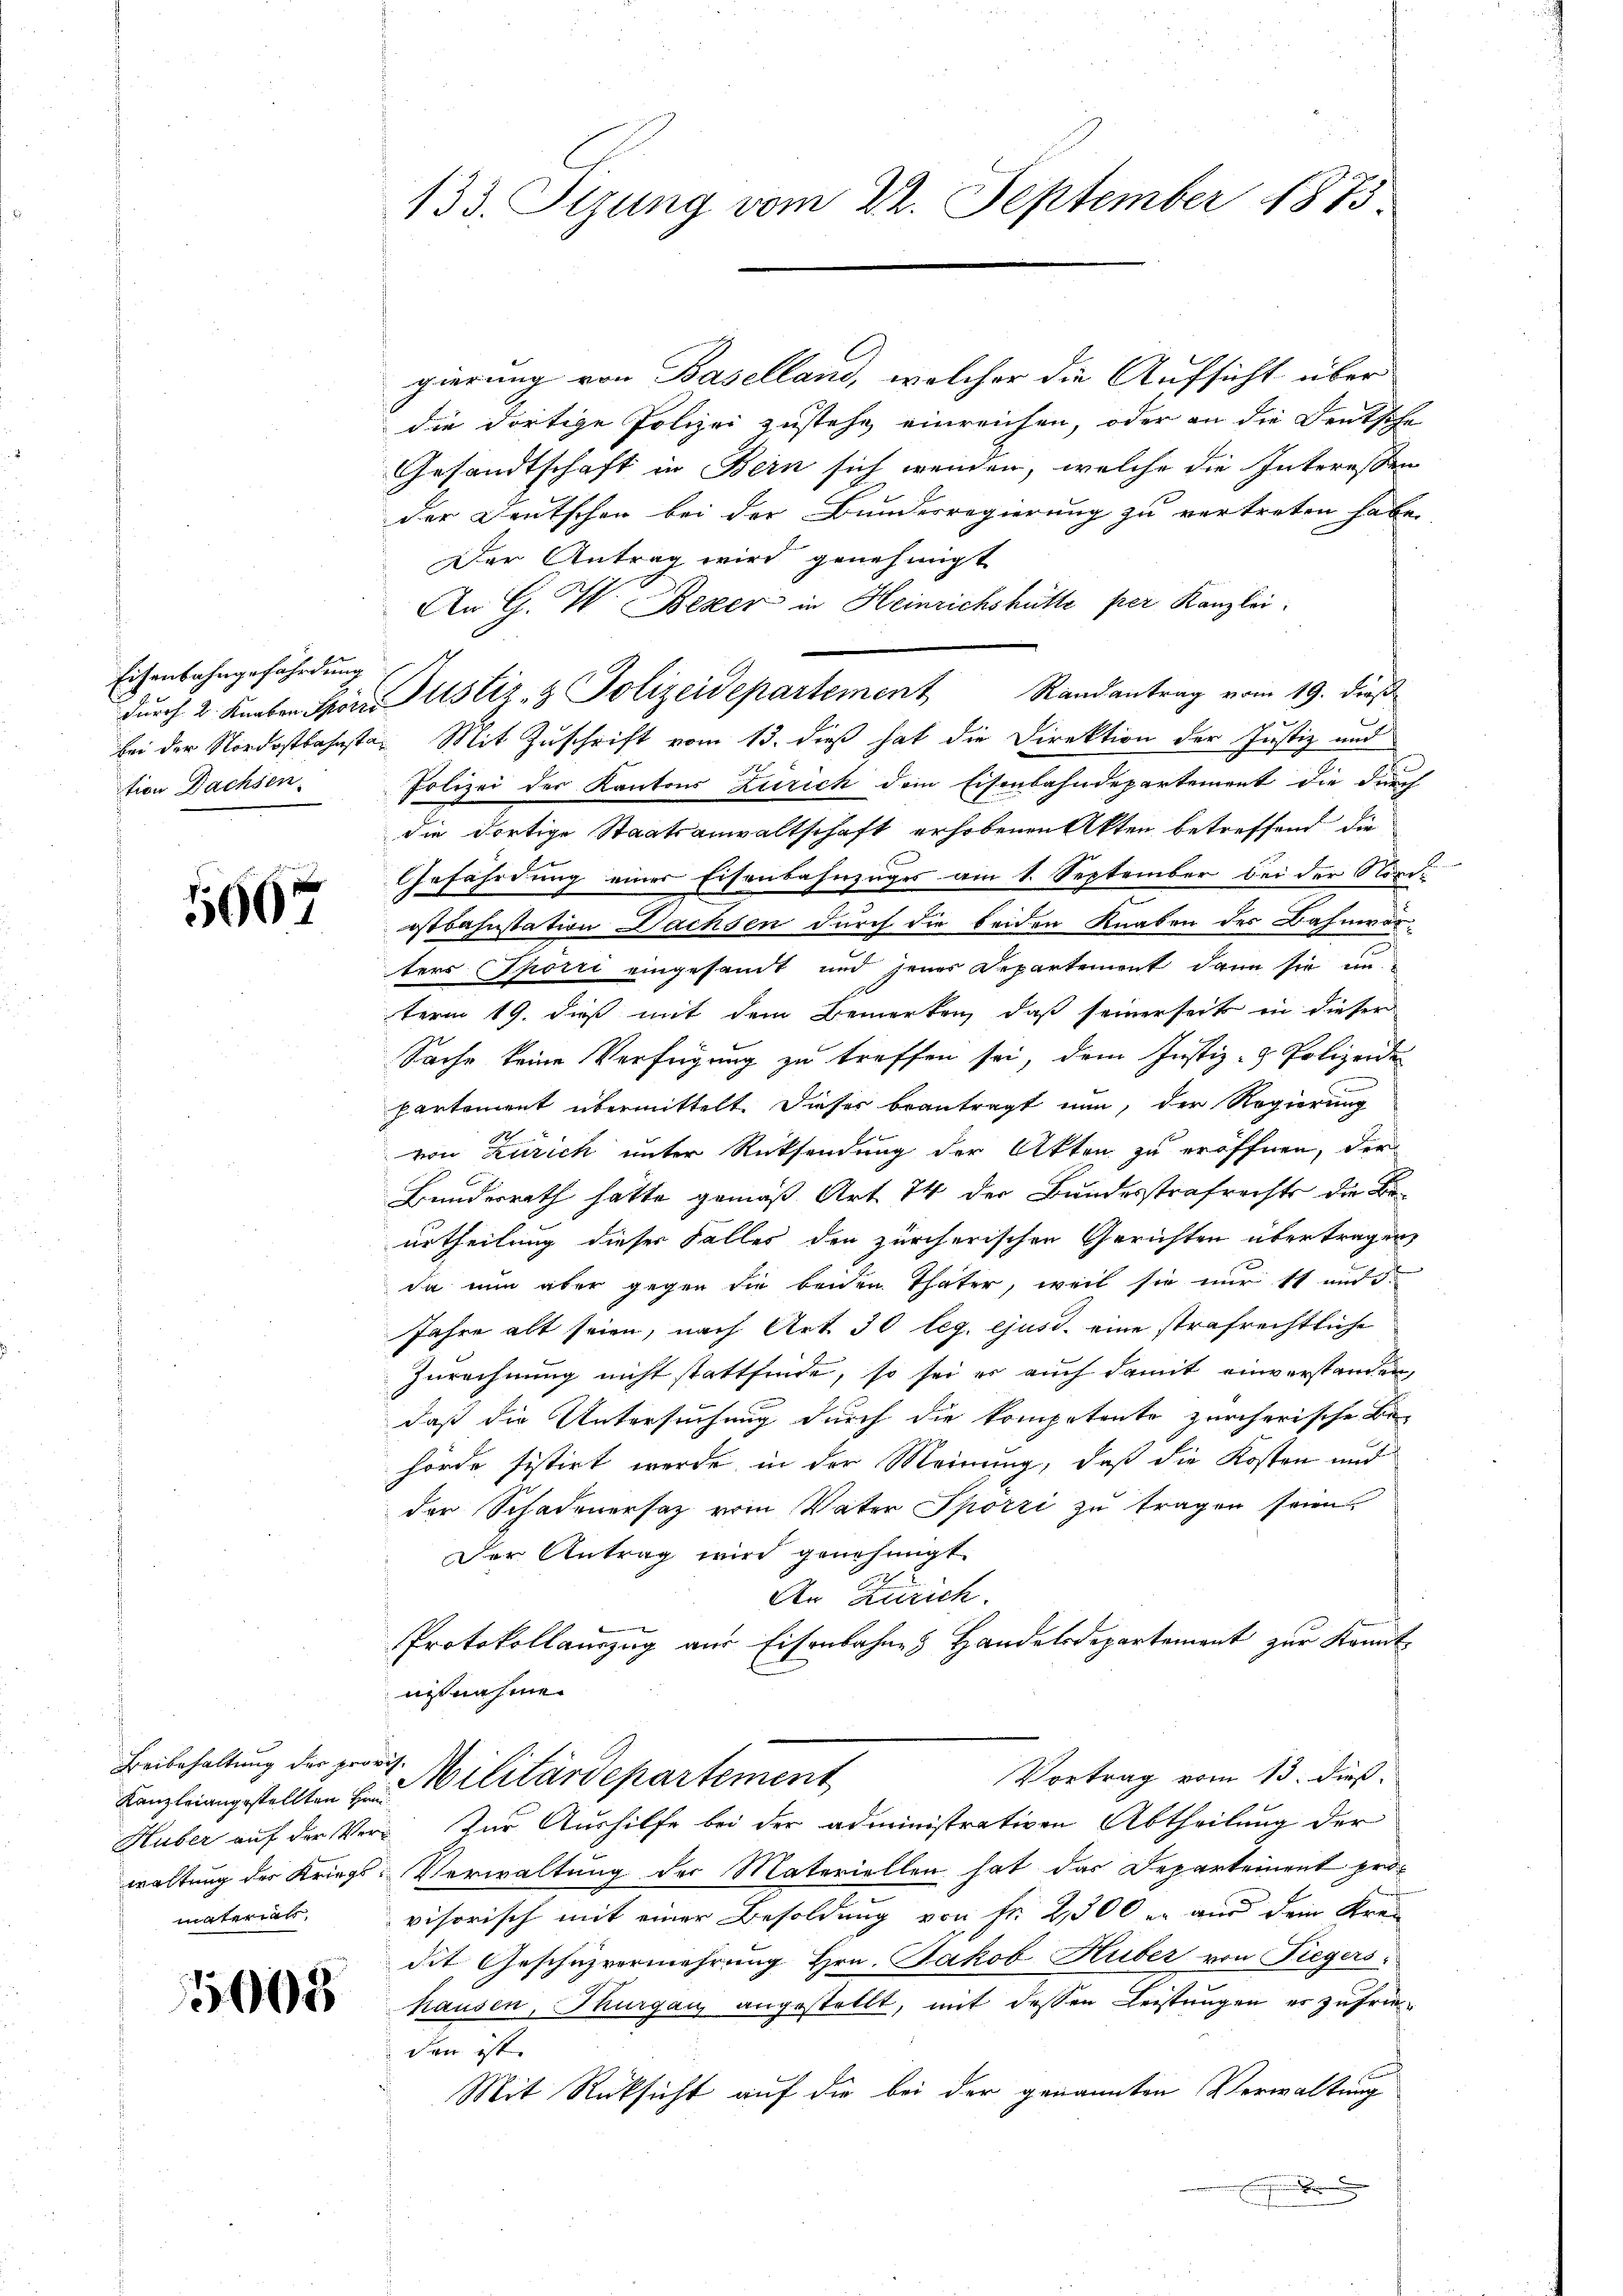
Eisenbahngefährdung
tion Dachsen.

5667

Beibehaltung der provis.
Kanzleiangestellten Hrn
material.

008

133. Peung vom 22. September 1873

gierung von Baselland, welcher die Aufsicht über
die dortige Polizei zustehe einreichen, oder an die Deutsche
Gesandtschaft in Bern sich wenden, welche die Interessen
der Deutschen bei der Bundesregierung zu vertreten habe.
Der Antrag wird genehmigt
An G. W. Bezer in Heinrichshütte per Kanzlei
dŭrch 2. Knaben Spor Justiz- & Polizeidepartement Randantrag vom 19. dieß
bei der Nordostbahnsten Mit Zuschrift vom 13. dieß hat die Direktion der Justiz und
Polizei der Kantons Zürich dem Eisenbahndepartement die durch
die dortige Staatsanwaltschaft erhobenen Akten betreffend die
Gefährdung einer Eisenbahnzuges am 1. September bei der Nords
ostbahnstation Dachsen durch die beiden Knaben des Bahnverters Thorri eingesamt und jenes Departement dann sie im
term 19. dieß mit dem Bemerken, daß seinerseits in dieser
Sache keine Verfügung zu treffen sei, dem Justiz- & Polizeide
partement übermittelt. Dieses beantragt nun, der Regierung
h
von Zürich unter Rücksendung der Akten zu eröffnen, der
Bundesrath hätte gemäß Art. 74 der Bundesstrafrechts die Beurtheilung dieser Falles den zürcherischen Gerichten übertragen
da nun aber gegen die beiden Thäter, weil sie nur 11 und d
Jahre alt seien, nach Art. 30 leg. ejusd. eine strafrechtliche
Zurechnung nicht stattfinde, so sei er auch damit einverstanden,
daß die Untersuchung durch die kompetente zürcherische Be-
hörde sistirt werde in der Meinung, daß die Kosten und
der Schadenersatz vom Vater Spörri zu tragen seien.
Der Antrag wird genehmigt.
An Zürich.
Protokollamzug aus Eisenbahnen Handelsdepartement zur Kenntuitnahme.
Vortrag vom 13. dieß.
Militärdepartement
Huber auf der Ver¬ Zur Aushilfe bei der administrativen Abtheilung der
waltung des Kriegs-Verwaltung der Materiellen hat das Departement provisorisch mit einer Besoldung von Fr. 2500 er aus dein Krei
dit Geschüzvermehrung Hrn. Jakob Huber von Fiegers
hausen, Thurgau angestellt, mit dessen Leistungen es zufrie
den ist. |
Mit Rücksicht auf die bei der genannten Verwaltung